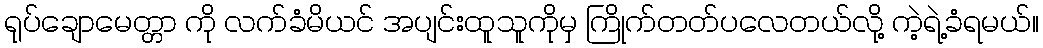
ရုပ်ချောမေတ္တာ ကို လက်ခံမိယင် အပျင်းထူသူကိုမှ ကြိုက်တတ်ပလေတယ်လို့ ကဲ့ရဲ့ခံရမယ်။